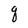
Character: q